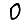
Digit: 0